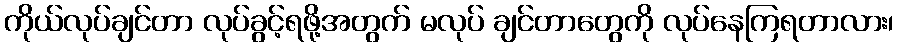
ကိုယ်လုပ်ချင်တာ လုပ်ခွင့်ရဖို့အတွက် မလုပ် ချင်တာတွေကို လုပ်နေကြရတာလား၊